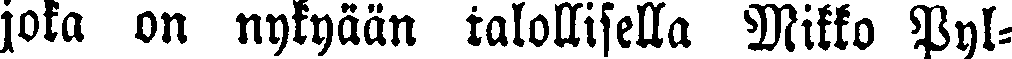
joka on nykyään talollisella Mikko Pyl-